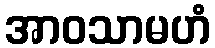
အာဝသာမဟံ